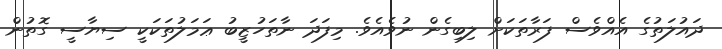
ދައުލަތުގެ އެއްވެސް ފަރާތަކަށް ލިބިގެން ނުވެއެވެ. މިފަދަ ނާތަހުޒީބު ޢަމަލުތަކަކީ ސިޔާސީ ގޮތުން